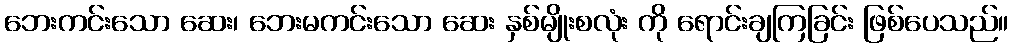
ဘေးကင်းသော ဆေး၊ ဘေးမကင်းသော ဆေး နှစ်မျိုးစလုံး ကို ရောင်းချကြခြင်း ဖြစ်ပေသည်။